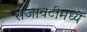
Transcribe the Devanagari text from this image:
सजावटीमध्ये